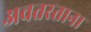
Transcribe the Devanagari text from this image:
अवतरताना